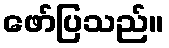
ဖော်ပြသည်။